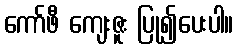
ကော်ဖီ ကျေးဇူး ပြု၍ပေးပါ။